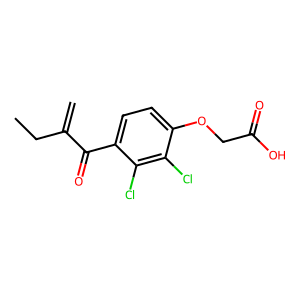
SMILES: C=C(CC)C(=O)c1ccc(OCC(=O)O)c(Cl)c1Cl
Inhibits HIV replication: No